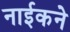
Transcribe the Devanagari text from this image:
नाईकने